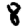
Digit: 8